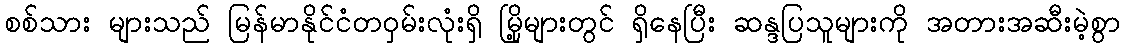
စစ်သား များသည် မြန်မာနိုင်ငံတဝှမ်းလုံးရှိ မြို့များတွင် ရှိနေပြီး ဆန္ဒပြသူများကို အတားအဆီးမဲ့စွာ